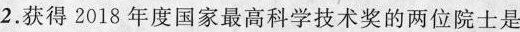
2.获得2018年度国家最高科学技术奖的两位院士是